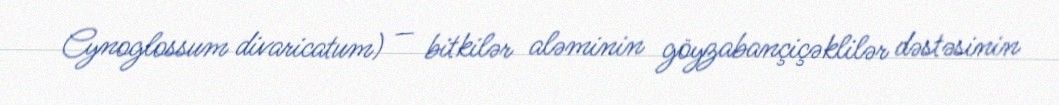
Cynoglossum divaricatum) — bitkilər aləminin göyzabançiçəklilər dəstəsinin